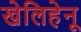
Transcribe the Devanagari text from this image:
खेलिहेनू